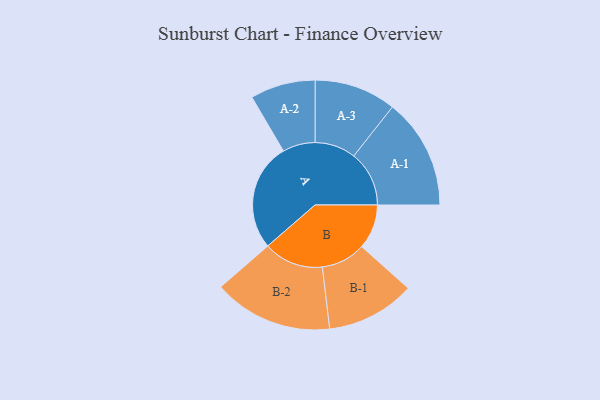
{"axis": {"x": "Segment", "y": "Value"}, "legend": ["", "A", "B"], "data": [{"x": "A", "y": 463, "type": ""}, {"x": "B", "y": 192, "type": ""}, {"x": "A-1", "y": 238, "type": "A"}, {"x": "A-2", "y": 140, "type": "A"}, {"x": "A-3", "y": 176, "type": "A"}, {"x": "B-1", "y": 191, "type": "B"}, {"x": "B-2", "y": 257, "type": "B"}]}